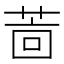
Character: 𱽲